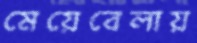
মেয়েবেলায়